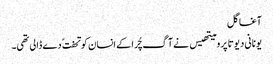
آغا گل
یونانی دیوتا پرومیتھیس نے آگ چُرا کے انسان کو تحفت ً دے ڈالی تھی۔